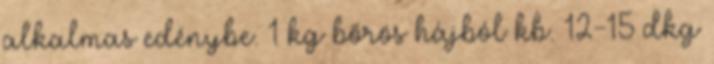
alkalmas edénybe. 1 kg bőrös hájból kb. 12-15 dkg